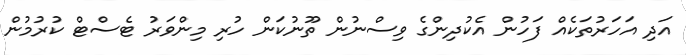
އަދި އަހަރުތަކެއް ފަހުން އެކުދިންގެ ވިސްނުން ތޫނުކަން ހުރި މިންވަރު ޓެސްޓް ކުރުމުން